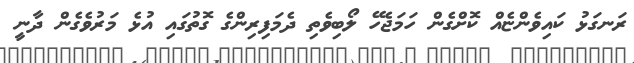
ރަނގަޅު ކައިވެންޏެއް ކޮށްގެން ހަމަޖެހޭ ލޯބިވެތި ދެމަފިރިންގެ ގޮތުގައި އުޅެ މަރުވެގެން ދާނީ